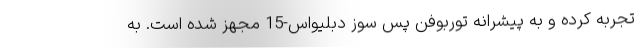
تجربه کرده و به پیشرانه توربوفن پس سوز دبلیواس-15 مجهز شده است. به